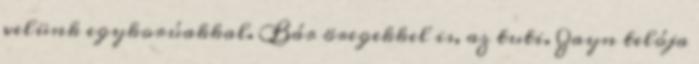
velünk egykorúakkal. Bár öregekkel is, az tuti. Zayn telója